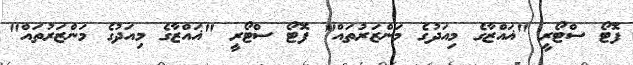
ފޮޓޯ ސްޓޯރީ "ޣައްޒާގެ މިއަދުގެ މަންޒަރުތައް" ފޮޓޯ ސްޓޯރީ "ޣައްޒާގެ މިއަދުގެ މަންޒަރުތައް"